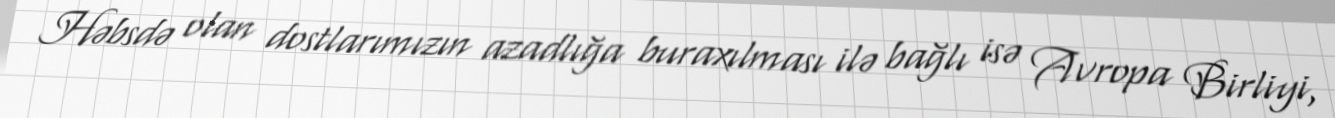
Həbsdə olan dostlarımızın azadlığa buraxılması ilə bağlı isə Avropa Birliyi,